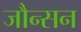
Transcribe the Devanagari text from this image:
जौन्सन